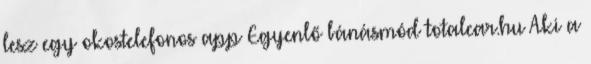
lesz egy okostelefonos app Egyenlő bánásmód totalcar.hu Aki a